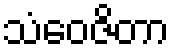
သံဝေဇိတာ